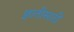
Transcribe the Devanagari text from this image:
ज्ञातीसाठीं